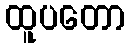
ထူပတော